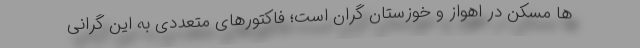
ها مسکن در اهواز و خوزستان گران است؛ فاکتورهای متعددی به این گرانی